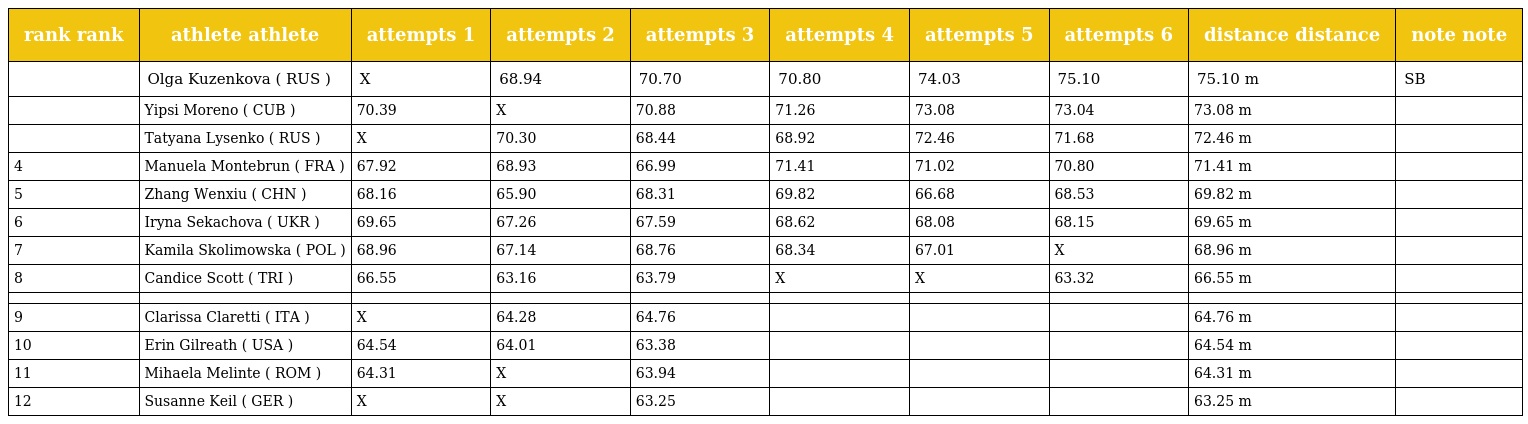
| rank rank | athlete athlete | attempts 1 | attempts 2 | attempts 3 | attempts 4 | attempts 5 | attempts 6 | distance distance | note note |
 | --- | --- | --- | --- | --- | --- | --- | --- | --- | --- |
 |  | Olga Kuzenkova ( RUS ) | X | 68.94 | 70.70 | 70.80 | 74.03 | 75.10 | 75.10 m | SB |
 |  | Yipsi Moreno ( CUB ) | 70.39 | X | 70.88 | 71.26 | 73.08 | 73.04 | 73.08 m |  |
 |  | Tatyana Lysenko ( RUS ) | X | 70.30 | 68.44 | 68.92 | 72.46 | 71.68 | 72.46 m |  |
 | 4 | Manuela Montebrun ( FRA ) | 67.92 | 68.93 | 66.99 | 71.41 | 71.02 | 70.80 | 71.41 m |  |
 | 5 | Zhang Wenxiu ( CHN ) | 68.16 | 65.90 | 68.31 | 69.82 | 66.68 | 68.53 | 69.82 m |  |
 | 6 | Iryna Sekachova ( UKR ) | 69.65 | 67.26 | 67.59 | 68.62 | 68.08 | 68.15 | 69.65 m |  |
 | 7 | Kamila Skolimowska ( POL ) | 68.96 | 67.14 | 68.76 | 68.34 | 67.01 | X | 68.96 m |  |
 | 8 | Candice Scott ( TRI ) | 66.55 | 63.16 | 63.79 | X | X | 63.32 | 66.55 m |  |
 |  |  |  |  |  |  |  |  |  |  |
 | 9 | Clarissa Claretti ( ITA ) | X | 64.28 | 64.76 |  |  |  | 64.76 m |  |
 | 10 | Erin Gilreath ( USA ) | 64.54 | 64.01 | 63.38 |  |  |  | 64.54 m |  |
 | 11 | Mihaela Melinte ( ROM ) | 64.31 | X | 63.94 |  |  |  | 64.31 m |  |
 | 12 | Susanne Keil ( GER ) | X | X | 63.25 |  |  |  | 63.25 m |  |